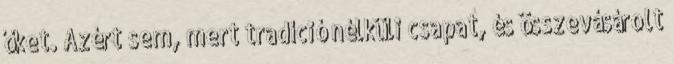
őket. Azért sem, mert tradíció nélküli csapat, és összevásárolt